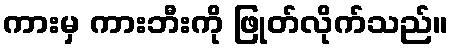
ကားမှ ကားဘီးကို ဖြုတ်လိုက်သည်။